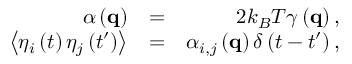
\begin{array} { r l r } { \alpha \left( { \mathbf { q } } \right) } & { = } & { 2 k _ { B } T \gamma \left( { \mathbf { q } } \right) , } \\ { \left\langle { { \eta _ { i } } \left( t \right) { \eta _ { j } } \left( { t ^ { \prime } } \right) } \right\rangle } & { = } & { { \alpha _ { i , j } } \left( { \mathbf { q } } \right) \delta \left( { t - t ^ { \prime } } \right) , } \end{array}